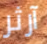
آرثر